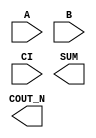
module sky130_fd_sc_hs__fahcon (
    //# {{data|Data Signals}}
    input  A     ,
    input  B     ,
    input  CI    ,
    output COUT_N,
    output SUM
);

    // Voltage supply signals
    supply1 VPWR;
    supply0 VGND;

endmodule